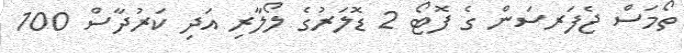
ތޯމަސް ޖެފަރސަން ގެ ފޮޓޯ 2 ޑޮލަރުގެ ލޯލާރި އަދި ކަރުދާސް 100